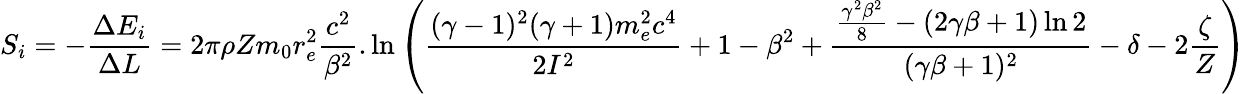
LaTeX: S_{i}=-\frac{\Delta E_{i}}{\Delta L}=2\pi\rho Zm_{0}r_{e}^{2}\frac{c^{2}}{\beta^{2}}.\ln\left(\frac{(\gamma-1)^{2}(\gamma+1)m_{e}^{2}c^{4}}{2I^{2}}+1-\beta^{2}+\frac{\frac{\gamma^{2}\beta^{2}}{8}-(2\gamma\beta+1)\ln 2}{(\gamma\beta+1)^{2}}-\delta-2\frac{\zeta}{Z}\right)